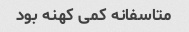
متاسفانه کمی کهنه بود